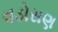
વડોસણ